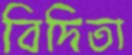
বিদিতা